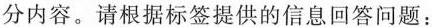
分内容。请根据标签提供的信息回答问题：